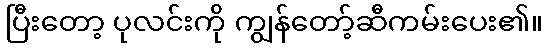
ပြီးတော့ ပုလင်းကို ကျွန်တော့်ဆီကမ်းပေး၏။